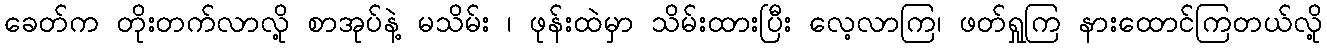
ခေတ်က တိုးတက်လာလို့ စာအုပ်နဲ့ မသိမ်း ၊ ဖုန်းထဲမှာ သိမ်းထားပြီး လေ့လာကြ၊ ဖတ်ရှုကြ နားထောင်ကြတယ်လို့